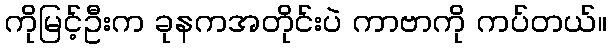
ကိုမြင့်ဦးက ခုနကအတိုင်းပဲ ကာဗာကို ကပ်တယ်။